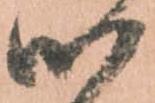
候